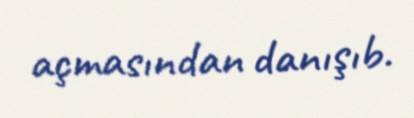
açmasından danışıb.